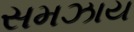
સમઝાય